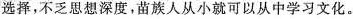
选择，不乏思想深度，苗族人从小就可以从中学习文化。